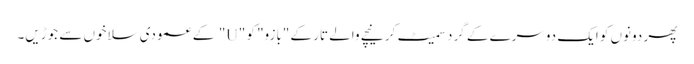
پھر دونوں کو ایک دوسرے کے گرد سمیٹ کر نیچے والے تار کے "بازو" کو "U" کے عمودی سلاخوں سے جوڑیں۔